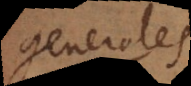
generales